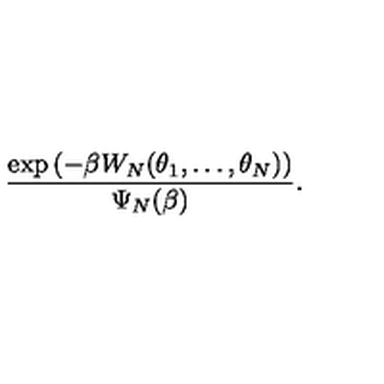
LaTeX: { \frac { \exp \left( - \beta W _ { N } ( \theta _ { 1 } , \ldots , \theta _ { N } ) \right) } { \Psi _ { N } ( \beta ) } } .